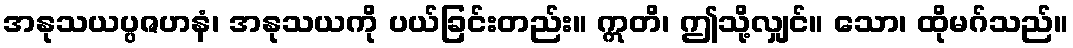
အနုသယပ္ပဇဟနံ၊ အနုသယကို ပယ်ခြင်းတည်း။ ဣတိ၊ ဤသို့လျှင်။ သော၊ ထိုမဂ်သည်။